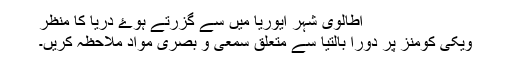
اطالوی شہر ایوریا میں سے گزرتے ہوۓ دریا کا منظر
ویکی کومنز پر دورا بالتیا سے متعلق سمعی و بصری مواد ملاحظہ کریں۔